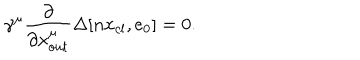
\gamma ^ { \mu } \frac { \partial } { \partial { x } _ { o u t } ^ { \mu } } \Delta [ n x _ { c l } , e _ { 0 } ] = 0 .